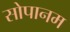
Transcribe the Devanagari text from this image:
सोपानम